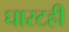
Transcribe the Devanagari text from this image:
घारटही